On a parasite found in persons suffering from enlargement of the spleen in India, second report - Number 11
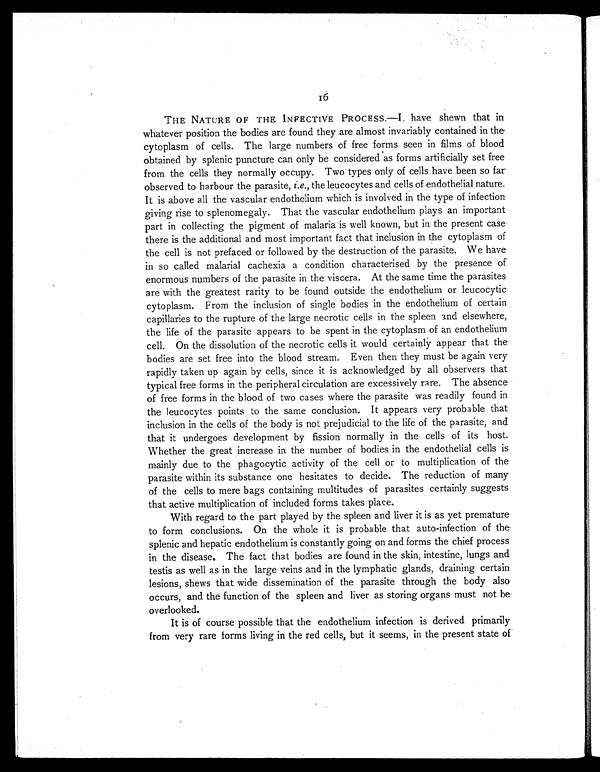
16
THE NATURE OF THE INFECTIVE PROCESS.—I have shewn that in
whatever position the bodies are found they are almost invariably contained in the
cytoplasm of cells. The large numbers of free forms seen in films of blood
obtained by splenic puncture can only be considered as forms artificially set free
from the cells they normally occupy. Two types only of cells have been so far
observed to harbour the parasite, i.e., the leucocytes and cells of endothelial nature.
It is above all the vascular endothelium which is involved in the type of infection
giving rise to splenomegaly. That the vascular endothelium plays an important
part in collecting the pigment of malaria is well known, but in the present case
there is the additional and most important fact that inclusion in the cytoplasm of
the cell is not prefaced or followed by the destruction of the parasite. We have
in so called malarial cachexia a condition characterised by the presence of
enormous numbers of the parasite in the viscera. At the same time the parasites
are with the greatest rarity to be found outside the endothelium or leucocytic
cytoplasm. From the inclusion of single bodies in the endothelium of certain
capillaries to the rupture of the large necrotic cells in the spleen and elsewhere,
the life of the parasite appears to be spent in the cytoplasm of an endothelium
cell. On the dissolution of the necrotic cells it would certainly appear that the
bodies are set free into the blood stream. Even then they must be again very
rapidly taken up again by cells, since it is acknowledged by all observers that
typical free forms in the peripheral circulation are excessively rare. The absence
of free forms in the blood of two cases where the parasite was readily found in
the leucocytes points to the same conclusion. It appears very probable that
inclusion in the cells of the body is not prejudicial to the life of the parasite, and
that it undergoes development by fission normally in the cells of its host.
Whether the great increase in the number of bodies in the endothelial cells is
mainly due to the phagocytic activity of the cell or to multiplication of the
parasite within its substance one hesitates to decide. The reduction of many
of the cells to mere bags containing multitudes of parasites certainly suggests
that active multiplication of included forms takes place.
With regard to the part played by the spleen and liver it is as yet premature
to form conclusions. On the whole it is probable that auto-infection of the
splenic and hepatic endothelium is constantly going on and forms the chief process
in the disease. The fact that bodies are found in the skin, intestine, lungs and
testis as well as in the large veins and in the lymphatic glands, draining certain
lesions, shews that wide dissemination of the parasite through the body also
occurs, and the function of the spleen and liver as storing organs must not be
overlooked.
It is of course possible that the endothelium infection is derived primarily
from very rare forms living in the red cells, but it seems, in the present state of